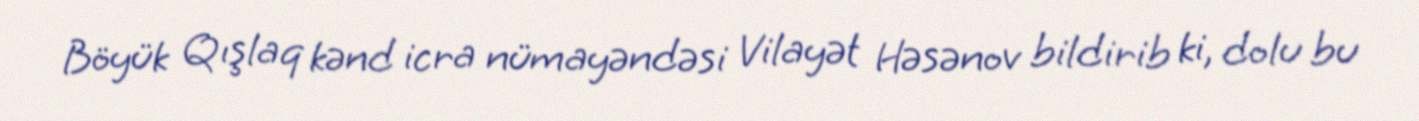
Böyük Qışlaq kənd icra nümayəndəsi Vilayət Həsənov bildirib ki, dolu bu